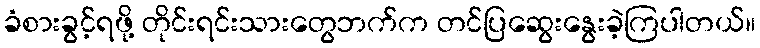
ခံစားခွင့်ရဖို့ တိုင်းရင်းသားတွေဘက်က တင်ပြဆွေးနွေးခဲ့ကြပါတယ်။